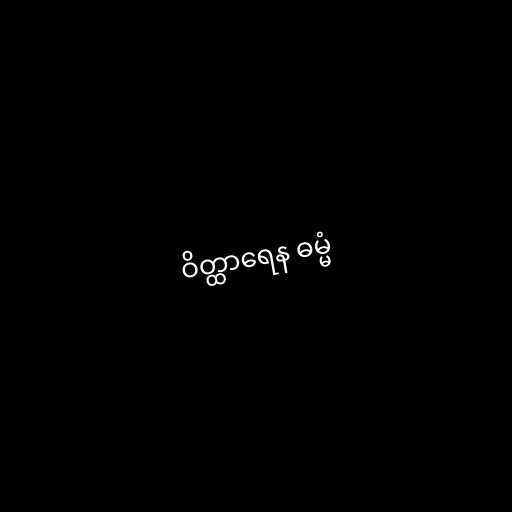
ဝိတ္ထာရေန ဓမ္မံ